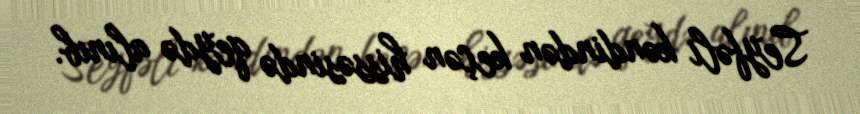
Seyfəli kəndindən keçən hissəsində qeydə alınıb.